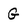
Character: G